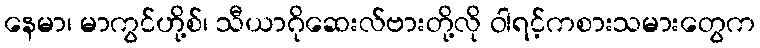
နေမာ၊ မာကွင်ဟို့စ်၊ သီယာဂိုဆေးလ်ဗားတို့လို ဝါရင့်ကစားသမားတွေက